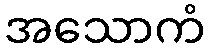
အသောကံ